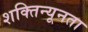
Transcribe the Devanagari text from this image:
शक्तिन्यूनता